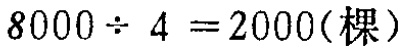
\(8000\div 4 = 2000(\text{棵})\)